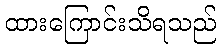
ထားကြောင်းသိရသည်